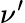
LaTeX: \nu^{\prime}